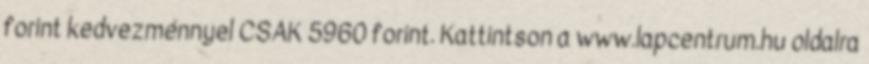
forint kedvezménnyel CSAK 5960 forint. Kattintson a www.lapcentrum.hu oldalra